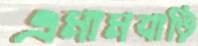
এমামবাড়ি